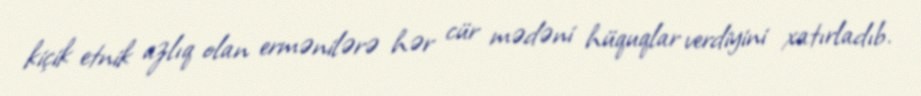
kiçik etnik azlıq olan ermənilərə hər cür mədəni hüquqlar verdiyini xatırladıb.